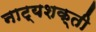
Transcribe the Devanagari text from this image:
नाट्यशक्ती